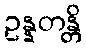
ဥန္နတန္တိ